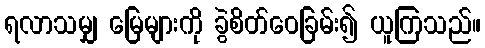
ရလာသမျှ မြေများကို ခွဲစိတ်ဝေခြမ်း၍ ယူကြသည်။